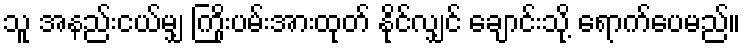
သူ အနည်းငယ်မျှ ကြိုးပမ်းအားထုတ် နိုင်လျှင် ချောင်းသို့ ရောက်ပေမည်။